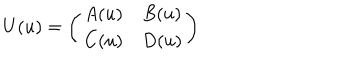
U ( u ) = \left( \begin{matrix} { { A ( u ) } } & { { B ( u ) } } \\ { { C ( u ) } } & { { D ( u ) } } \\ \end{matrix} \right)